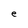
Character: e